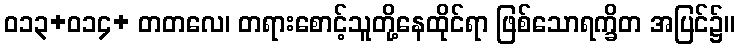
ဝ၁၃+ဝ၁၄+ တတလေ၊ တရားစောင့်သူတို့နေထိုင်ရာ ဖြစ်သောရက္ခိတ အပြင်၌။